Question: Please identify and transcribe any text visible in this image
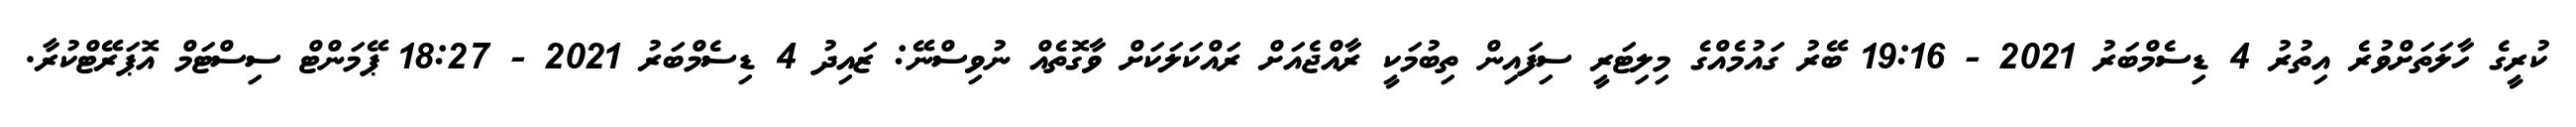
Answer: ކުރީގެ ހާލަތަށްވުރެ އިތުރު 4 ޑިސެމްބަރު 2021 - 19:16 ބޭރު ގައުމެއްގެ މިލިޓަރީ ސިފައިން ތިބުމަކީ ރާއްޖެއަށް ރައްކަލަކަށް ވާގޮތެއް ނުވިސްނޭ: ޒައިދު 4 ޑިސެމްބަރު 2021 - 18:27 ޕޭމަންޓް ސިސްޓަމް އޮޕަރޭޓްކުރާ.